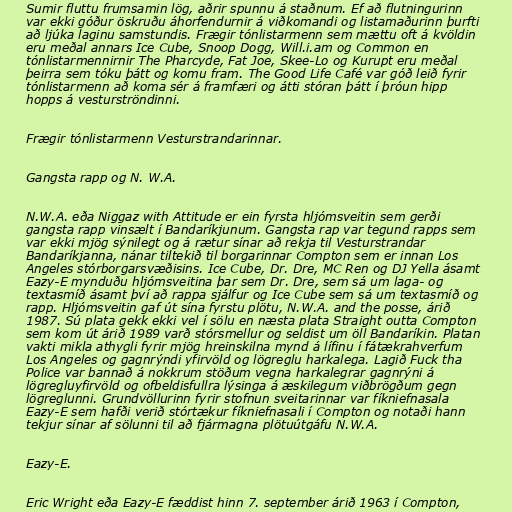
Sumir fluttu frumsamin lög, aðrir spunnu á staðnum. Ef að flutningurinn
var ekki góður öskruðu áhorfendurnir á viðkomandi og listamaðurinn þurfti
að ljúka laginu samstundis. Frægir tónlistarmenn sem mættu oft á kvöldin
eru meðal annars Ice Cube, Snoop Dogg, Will.i.am og Common en
tónlistarmennirnir The Pharcyde, Fat Joe, Skee-Lo og Kurupt eru meðal
þeirra sem tóku þátt og komu fram. The Good Life Café var góð leið fyrir
tónlistarmenn að koma sér á framfæri og átti stóran þátt í þróun hipp
hopps á vesturströndinni.

Frægir tónlistarmenn Vesturstrandarinnar.

Gangsta rapp og N. W.A.

N.W.A. eða Niggaz with Attitude er ein fyrsta hljómsveitin sem gerði
gangsta rapp vinsælt í Bandaríkjunum. Gangsta rap var tegund rapps sem
var ekki mjög sýnilegt og á rætur sínar að rekja til Vesturstrandar
Bandaríkjanna, nánar tiltekið til borgarinnar Compton sem er innan Los
Angeles stórborgarsvæðisins. Ice Cube, Dr. Dre, MC Ren og DJ Yella ásamt
Eazy-E mynduðu hljómsveitina þar sem Dr. Dre, sem sá um laga- og
textasmíð ásamt því að rappa sjálfur og Ice Cube sem sá um textasmíð og
rapp. Hljómsveitin gaf út sína fyrstu plötu, N.W.A. and the posse, árið
1987. Sú plata gekk ekki vel í sölu en næsta plata Straight outta Compton
sem kom út árið 1989 varð stórsmellur og seldist um öll Bandaríkin. Platan
vakti mikla athygli fyrir mjög hreinskilna mynd á lífinu í fátækrahverfum
Los Angeles og gagnrýndi yfirvöld og lögreglu harkalega. Lagið Fuck tha
Police var bannað á nokkrum stöðum vegna harkalegrar gagnrýni á
lögregluyfirvöld og ofbeldisfullra lýsinga á æskilegum viðbrögðum gegn
lögreglunni. Grundvöllurinn fyrir stofnun sveitarinnar var fíkniefnasala
Eazy-E sem hafði verið stórtækur fíkniefnasali í Compton og notaði hann
tekjur sínar af sölunni til að fjármagna plötuútgáfu N.W.A.

Eazy-E.

Eric Wright eða Eazy-E fæddist hinn 7. september árið 1963 í Compton,